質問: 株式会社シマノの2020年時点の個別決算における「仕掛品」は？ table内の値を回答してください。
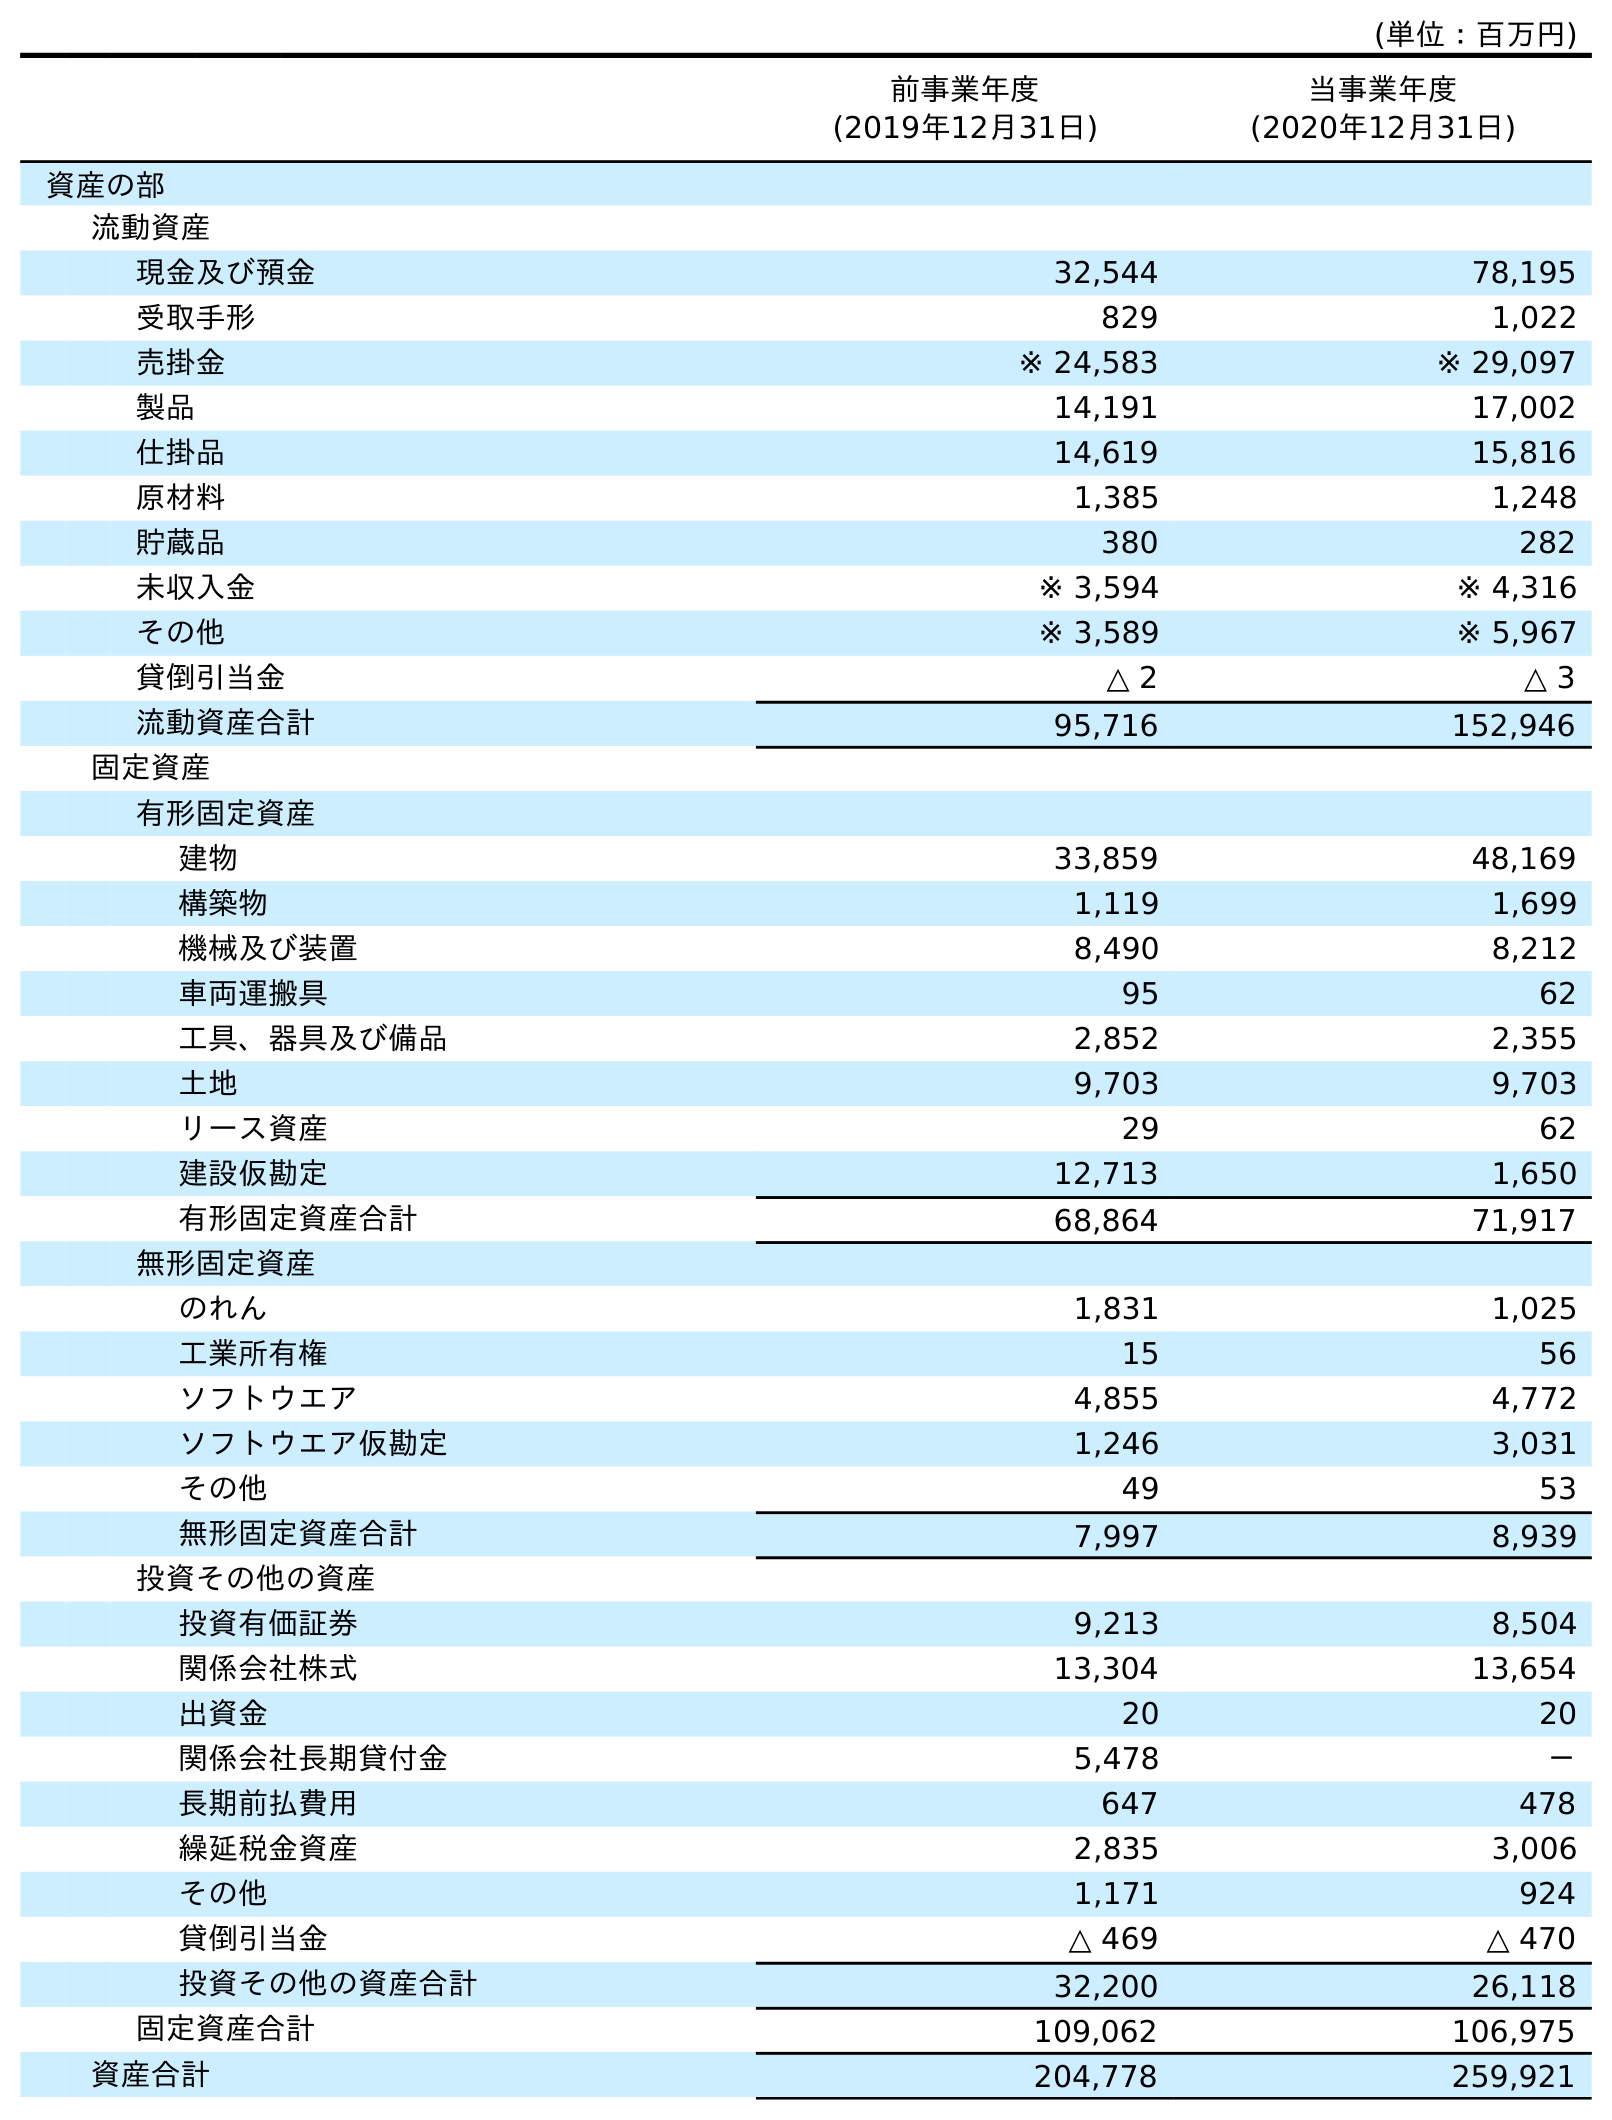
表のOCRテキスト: (単位：百万円) 前事業年度 (2019年12月31日) 当事業年度 (2020年12月31日) 資産の部 流動資産 現金及び預金 32,544 78,195 受取手形 829 1,022 売掛金 ※ 24,583 ※ 29,097 製品 14,191 17,002 仕掛品 14,619 15,816 原材料 1,385 1,248 貯蔵品 380 282 未収入金 ※ 3,594 ※ 4,316 その他 ※ 3,589 ※ 5,967 貸倒引当金 △ 2 △ 3 流動資産合計 95,716 152,946 固定資産 有形固定資産 建物 33,859 48,169 構築物 1,119 1,699 機械及び装置 8,490 8,212 車両運搬具 95 62 工具、器具及び備品 2,852 2,355 土地 9,703 9,703 リース資産 29 62 建設仮勘定 12,713 1,650 有形固定資産合計 68,864 71,917 無形固定資産 のれん 1,831 1,025 工業所有権 15 56 ソフトウエア 4,855 4,772 ソフトウエア仮勘定 1,246 3,031 その他 49 53 無形固定資産合計 7,997 8,939 投資その他の資産 投資有価証券 9,213 8,504 関係会社株式 13,304 13,654 出資金 20 20 関係会社長期貸付金 5,478 － 長期前払費用 647 478 繰延税金資産 2,835 3,006 その他 1,171 924 貸倒引当金 △ 469 △ 470 投資その他の資産合計 32,200 26,118 固定資産合計 109,062 106,975 資産合計 204,778 259,921
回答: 15,816